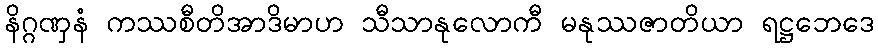
နိဂ္ဂဏှနံ ကဿစီတိအာဒိမာဟ သီသာနုလောကီ မနုဿဇာတိယာ ရဋ္ဌဘေဒေ